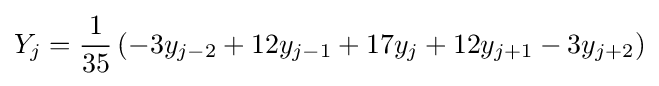
Y_{j}={\frac {1}{35}}\left(-3y_{j-2}+12y_{j-1}+17y_{j}+12y_{j+1}-3y_{j+2}\right)